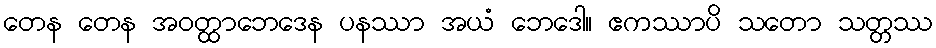
တေန တေန အဝတ္ထာဘေဒေန ပနဿာ အယံ ဘေဒေါ။ ဧကဿာပိ သတော သတ္တဿ